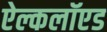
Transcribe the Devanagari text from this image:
ऐल्कलॉएड